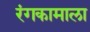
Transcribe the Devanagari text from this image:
रंगकामाला